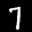
Label: 7